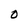
Character: O